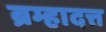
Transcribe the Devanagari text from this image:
ब्रम्हादत्त